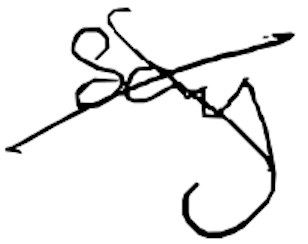
Text: say
Cross-out: cross
Writing tool: digital_black